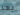
بعد